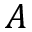
A